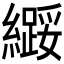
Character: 𫄌